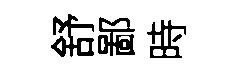
舒鄙時